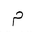
Letter: _mim